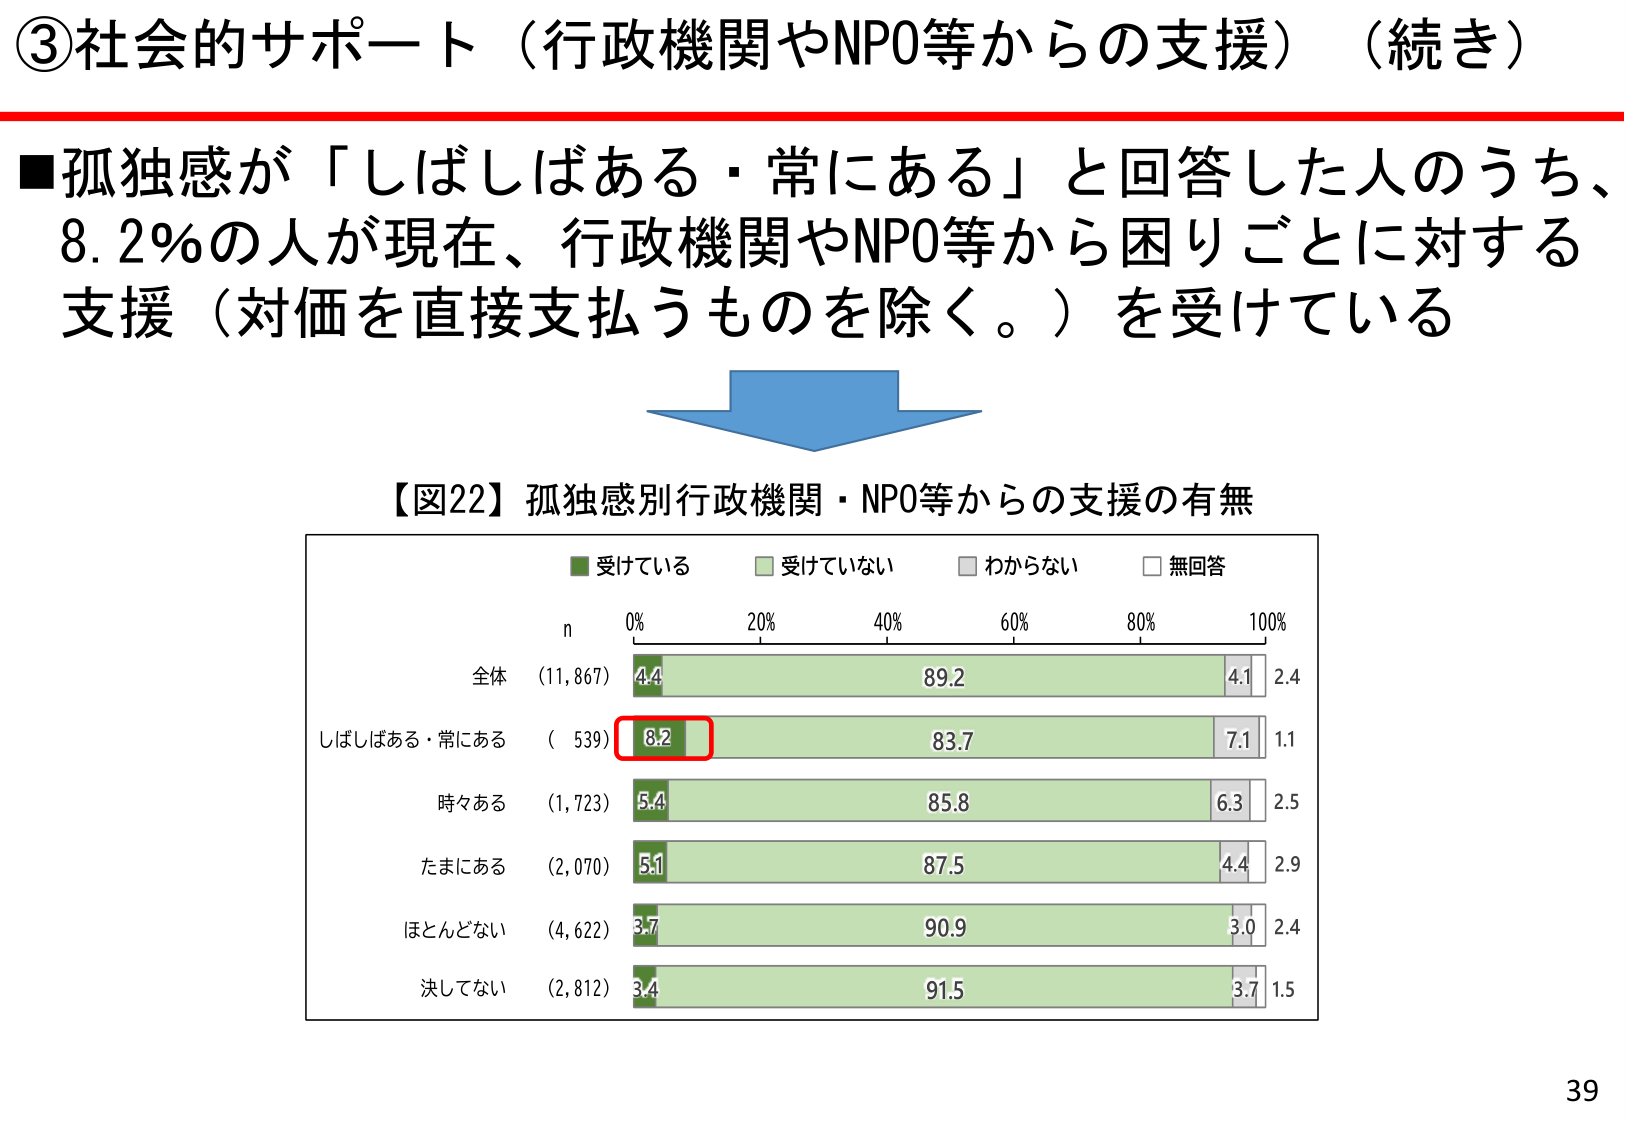
③社会的サポート（行政機関やNPO等からの支援）（続き）

■孤独感が「しばしばある・常にあり」と回答した人のうち、
8.2％の人が現在、行政機関やNPO等から困りごとに対する
支援（対価を直接支払うものを除く。）を受けている

【図22】孤独感別行政機関・NPO等からの支援の有無

■受けている　　■受けていない　　■わからない　　■無回答

n　　0%　　　20%　　　40%　　　60%　　　80%　　　100%

全体　（11,867）　4.4　　　　　　　89.2　　　　　　4.1　　2.4
しばしばある・常にあり　（539）　8.2　　　　　　　83.7　　　　　　7.1　　1.1
時々ある　（1,723）　5.4　　　　　　　85.8　　　　　　6.3　　2.5
たまにある　（2,070）　5.1　　　　　　　87.5　　　　　　4.4　　2.9
ほとんどない　（4,622）　3.7　　　　　　　90.9　　　　　　3.0　　2.4
決してない　（2,812）　3.4　　　　　　　91.5　　　　　　3.7　　1.5

39